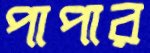
পাপার